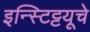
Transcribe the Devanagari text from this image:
इन्स्टिट्टयूचे